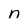
Character: n